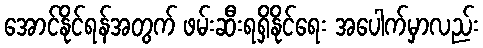
အောင်နိုင်ရန်အတွက် ဖမ်းဆီးရရှိနိုင်ရေး အပေါက်မှာလည်း